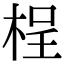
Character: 桯